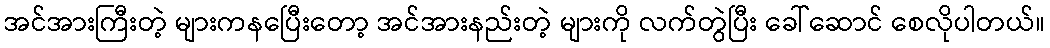
အင်အားကြီးတဲ့ များကနပြေီးတော့ အင်အားနည်းတဲ့ များကို လက်တွဲပြီး ခေါ်ဆောင် စေလိုပါတယ်။